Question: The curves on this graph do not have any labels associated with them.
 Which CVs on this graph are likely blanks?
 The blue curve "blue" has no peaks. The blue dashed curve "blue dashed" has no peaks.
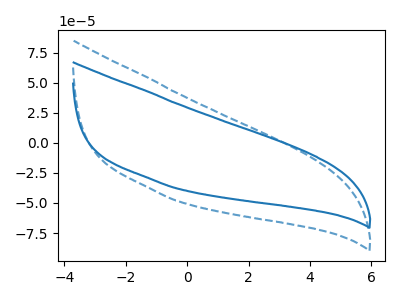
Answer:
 <answer>"blue" and "blue dashed" are likely to be blanks.</answer>
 <eval>"blue", "blue dashed"</eval>